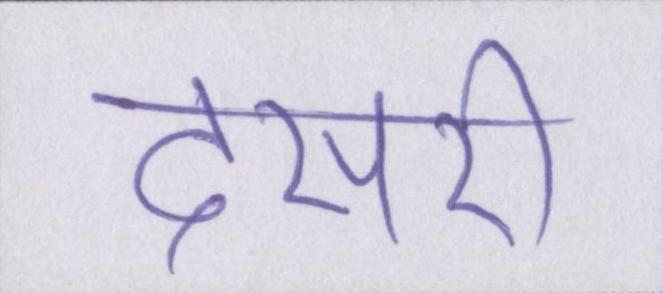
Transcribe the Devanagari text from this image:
दसरी